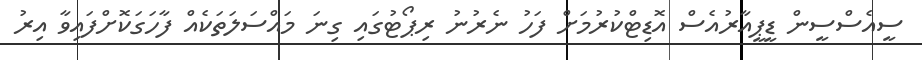
ސީއެސްސީން ޑީޕީއާރުއެސް އޮޑިޓްކުރުމަށް ފަހު ނެރުނު ރިޕޯޓުގައި ގިނަ މައްސަލަތަކެއް ފާހަގަކޮށްފައިވާ އިރު